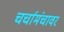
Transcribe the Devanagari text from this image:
चर्चामंचावर